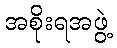
အစိုးရအဖွဲ့